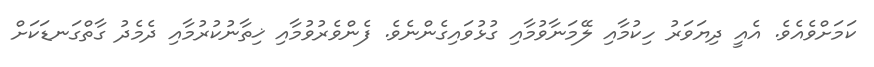
ކަމަށްވެއެވެ. އެއީ ދިޔަވަރު ހިކުމާއި ލޭމަނާވުމާއި ގުޅުވައިގެންނެވެ. ފެންވެރުވުމާއި ޚިތާނުކުރުމާއި ދެމެދު ގާތްގަނޑަކަށް